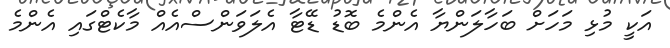
އަކީ މުޅި މަހަށް ބަހާލަންޔާ އެންމެ ބޮޑު ޑޭޓާ އެލަވަންސްއެއް މާކެޓްގައި އެންމެ